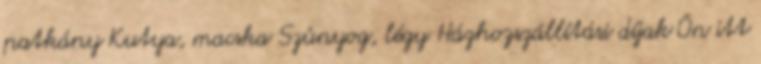
patkány Kutya, macska Szúnyog, légy Házhozszállítási díjak Ön itt